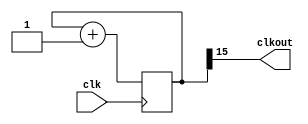
module clkdiv(
    input clk,
    output clkout
    );

reg [15:0] counter;
assign clkout = counter[15];

always @(posedge clk)
	counter <= counter+1;
endmodule